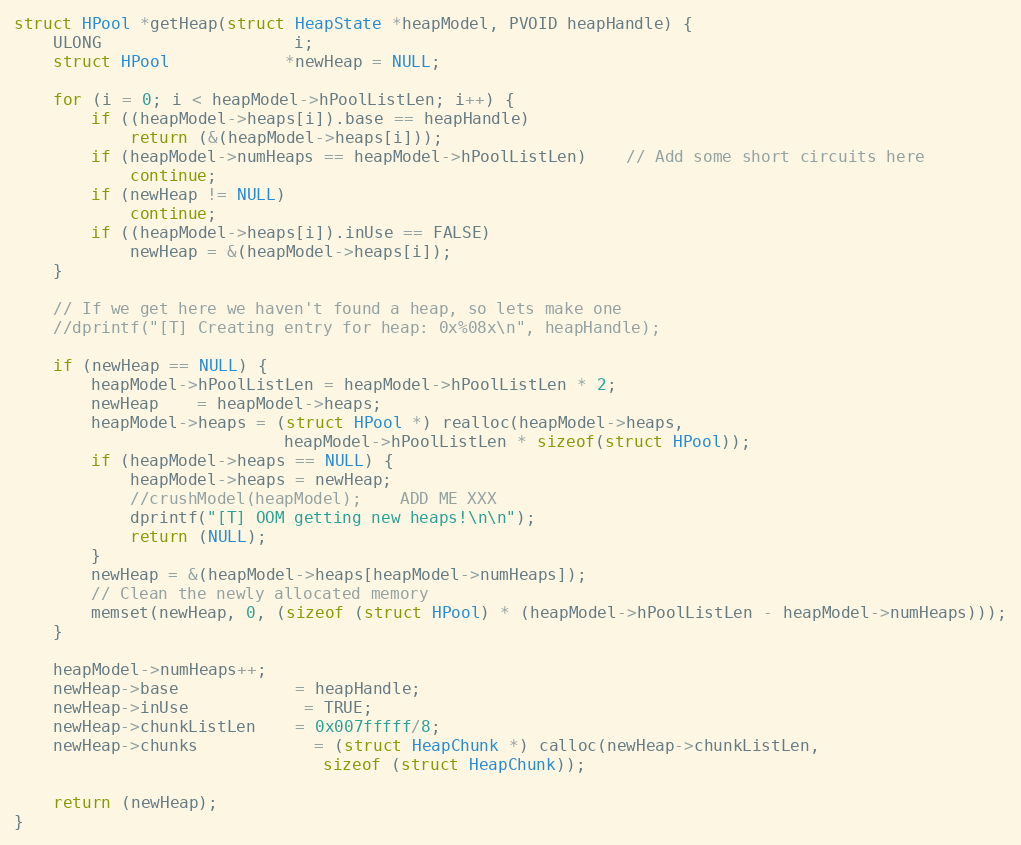
Language: C++
struct HPool *getHeap(struct HeapState *heapModel, PVOID heapHandle) {
	ULONG					i;
	struct HPool			*newHeap = NULL;

	for (i = 0; i < heapModel->hPoolListLen; i++) {
		if ((heapModel->heaps[i]).base == heapHandle)
			return (&(heapModel->heaps[i]));
		if (heapModel->numHeaps == heapModel->hPoolListLen)	// Add some short circuits here
			continue;
		if (newHeap != NULL)
			continue;
		if ((heapModel->heaps[i]).inUse == FALSE)
			newHeap = &(heapModel->heaps[i]);
	}

	// If we get here we haven't found a heap, so lets make one
	//dprintf("[T] Creating entry for heap: 0x%08x\n", heapHandle);

	if (newHeap == NULL) {
		heapModel->hPoolListLen = heapModel->hPoolListLen * 2;
		newHeap    = heapModel->heaps;
		heapModel->heaps = (struct HPool *) realloc(heapModel->heaps,
				            heapModel->hPoolListLen * sizeof(struct HPool));
		if (heapModel->heaps == NULL) {
            heapModel->heaps = newHeap;
            //crushModel(heapModel);    ADD ME XXX
            dprintf("[T] OOM getting new heaps!\n\n");
            return (NULL);
        }
		newHeap = &(heapModel->heaps[heapModel->numHeaps]);
		// Clean the newly allocated memory
		memset(newHeap, 0, (sizeof (struct HPool) * (heapModel->hPoolListLen - heapModel->numHeaps)));
	}

	heapModel->numHeaps++;
	newHeap->base			= heapHandle;
    newHeap->inUse			= TRUE;
	newHeap->chunkListLen	= 0x007fffff/8;
	newHeap->chunks			= (struct HeapChunk *) calloc(newHeap->chunkListLen,
								sizeof (struct HeapChunk));

	return (newHeap);
}